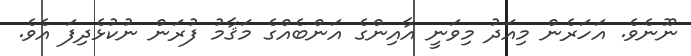
ނޫނެވެ. އަހަރެން މިއަދު މިވަނީ އާއިންގެ އަންބެއްގެ މަޤާމު ފުރަން ނުކުޅެދިފަ އެވެ.